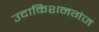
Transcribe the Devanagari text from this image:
उदाकिशनगंज